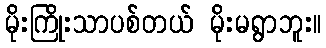
မိုးကြိုးသာပစ်တယ် မိုးမရွာဘူး။